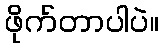
ဖိုက်တာပါပဲ။